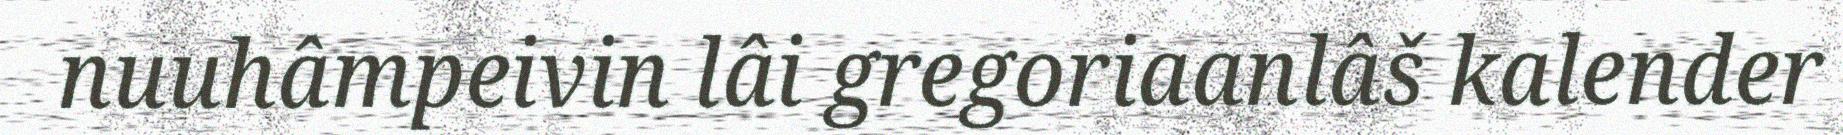
nuuhâmpeivin lâi gregoriaanlâš kalender